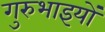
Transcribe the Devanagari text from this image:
गुरुभाइयों